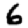
Digit: 6